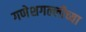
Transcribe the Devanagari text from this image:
गणेशगल्लीच्या